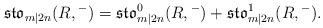
LaTeX: \begin{align*}\mathfrak{sto}_{m|2n}(R,{}^-)=\mathfrak{sto}_{m|2n}^0(R,{}^-)+\mathfrak{sto}_{m|2n}^1(R,{}^-).\end{align*}